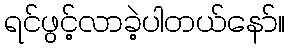
ရင်ဖွင့်လာခဲ့ပါတယ်နော်။